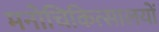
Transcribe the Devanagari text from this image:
मनोचिकित्सालयों